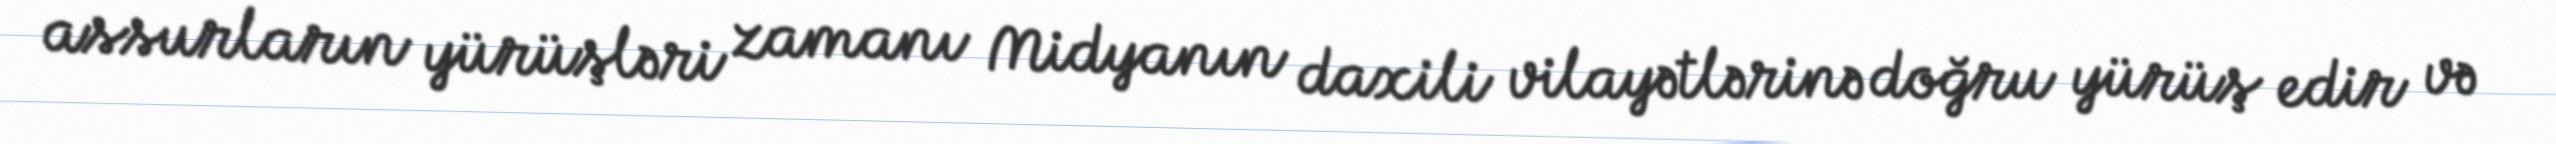
assurların yürüşləri zamanı Midyanın daxili vilayətlərinə doğru yürüş edir və